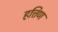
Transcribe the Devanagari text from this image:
हत्तिण